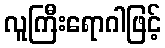
လူကြီးရောဂါဖြင့်